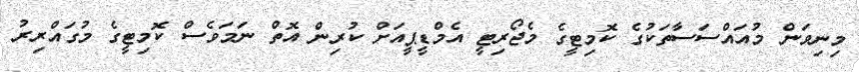
މިނިވަން މުއައްސަސާތަކުގެ ކޮމިޓީގެ މެޖޯރިޓީ އެމްޑީޕީއަށް ކުރިން އޮތް ނަމަވެސް ކޮމިޓީގެ މުގައްރިރު